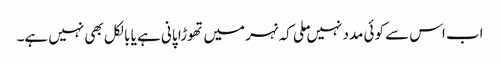
اب اس سے کوئی مدد نہیں ملی کہ نہر میں تھوڑا پانی ہے یا بالکل بھی نہیں ہے۔